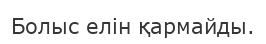
Болыс елін қармайды.